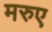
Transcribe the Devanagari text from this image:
मरुए